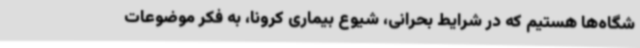
شگاه‌ها هستیم که در شرایط بحرانی، شیوع بیماری کرونا، به فکر موضوعات